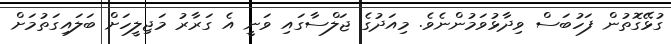
ގުޅޭގޮތުން ފަހުބަސް ވިދާޅުވަމުންނެވެ. މިއަދުގެ ޖަލްސާގައި ވަނީ އެ ގަރާރު މަޖިލީހަށް ބަލައިގަތުމަށް